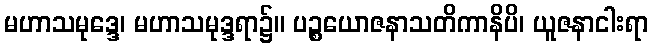
မဟာသမုဒ္ဒေ၊ မဟာသမုဒ္ဒရာ၌။ ပဉ္စယောဇနာသတိကာနိပိ၊ ယူဇနာငါးရာ